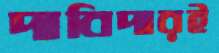
দাবিদারই